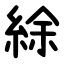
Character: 䋡